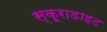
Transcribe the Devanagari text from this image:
स्कूराडाइट